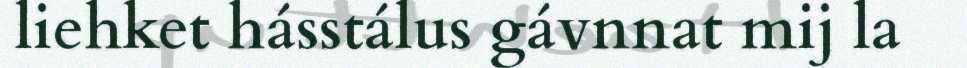
liehket hásstálus gávnnat mij la